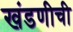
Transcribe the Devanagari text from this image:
खंडणीची